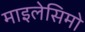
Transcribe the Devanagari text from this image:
माइलेसिमो